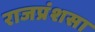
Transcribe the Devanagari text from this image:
राजप्रंशसा